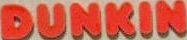
DUNKIN